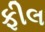
ફીલ